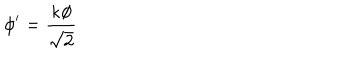
\phi ^ { \prime } = \frac { \kappa \phi } { \sqrt { 2 } }